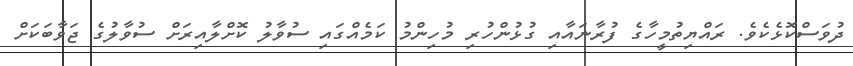
ދުވަސްކޮޅެކެވެ. ރައްޔިތުމީހާގެ ފުރާނައާއި ގުޅުންހުރި މުހިންމު ކަމެއްގައި ސުވާލު ކޮށްލާއިރަށް ސުވާލުގެ ޖަވާބަކަށް